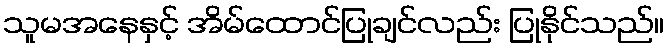
သူမအနေနှင့် အိမ်ထောင်ပြုချင်လည်း ပြုနိုင်သည်။